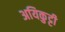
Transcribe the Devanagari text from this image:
अयिकुट्टी